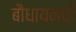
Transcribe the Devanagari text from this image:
बौधायनची